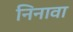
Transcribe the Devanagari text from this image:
निनावा